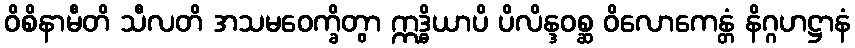
ဝိစိနာမီတိ သီလတိ အသမဝေက္ခိတွာ ဣဒ္ဓိယာပိ ပိလိန္ဒဝစ္ဆ ဝိလောကေန္တံ နိဂ္ဂဟဋ္ဌာနံ